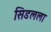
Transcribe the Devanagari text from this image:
सिडलला